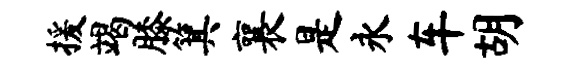
援竭膝箕襄是永车胡